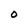
Character: O